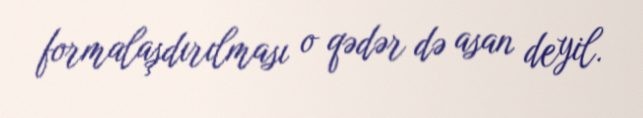
formalaşdırılması o qədər də asan deyil.